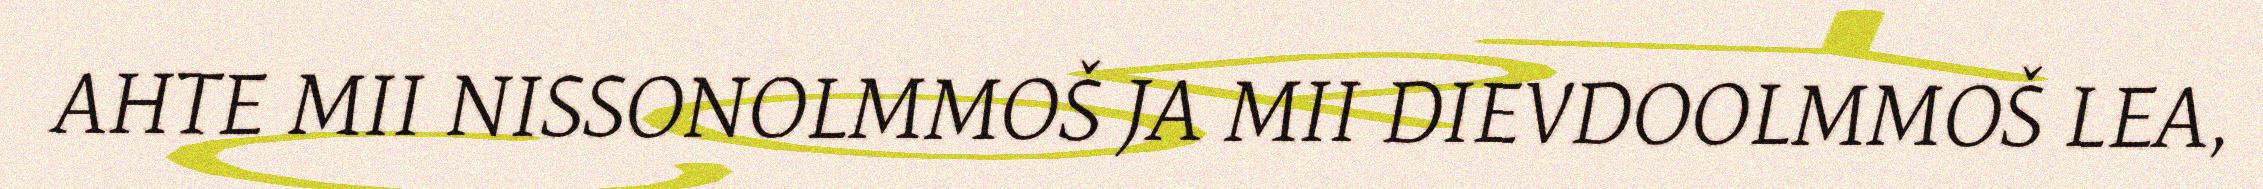
AHTE MII NISSONOLMMOŠ JA MII DIEVDOOLMMOŠ LEA,